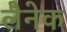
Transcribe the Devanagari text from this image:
लैनेक